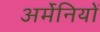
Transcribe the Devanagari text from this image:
अर्मेनियों